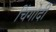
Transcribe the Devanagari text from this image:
चिंगोदी